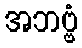
အဘဗ္ဗံ